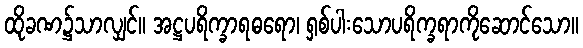
ထိုခဏ၌သာလျှင်။ အဋ္ဌပရိက္ခာရဓရော၊ ရှစ်ပါးသောပရိက္ခရာကိုဆောင်သော။